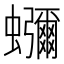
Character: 𮕖